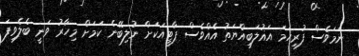
ނަމަވެސް ފުރިހަމަ އަޣުލަބިއްޔަތު އެއްވެސް ޕާޓީއަކަށް ނުލިބޭނެ ކަމަށް މިހާރު ވަނީ ބެލެވިފަ